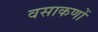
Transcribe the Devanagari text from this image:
वसाकणों